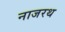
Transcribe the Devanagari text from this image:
नाजरथ